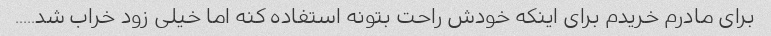
برای مادرم خریدم برای اینکه خودش راحت بتونه استفاده کنه اما خیلی زود خراب شد.....